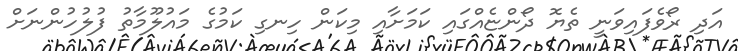
އަދި ރޯވެފައިވަނީ ތެޔޮ ދޯންޏެއްގައި ކަމަށާއި މިކަން ހިނގި ކަމުގެ މައުލޫމާތު ފުލުހުންނަށް